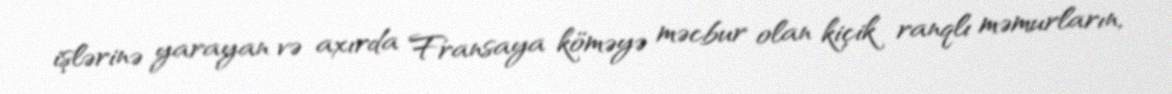
işlərinə yarayan və axırda Fransaya köməyə məcbur olan kiçik ranqlı məmurların,